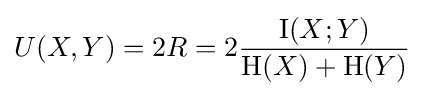
U(X,Y)=2R=2{\frac {\operatorname {I} (X;Y)}{\mathrm {H} (X)+\mathrm {H} (Y)}}